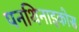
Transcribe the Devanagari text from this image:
पनथिनाइकोस